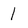
Character: 1